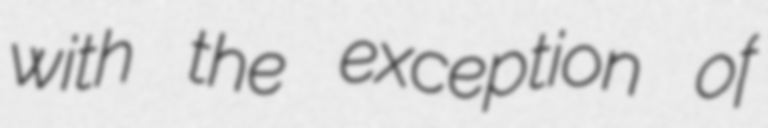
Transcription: with the exception of